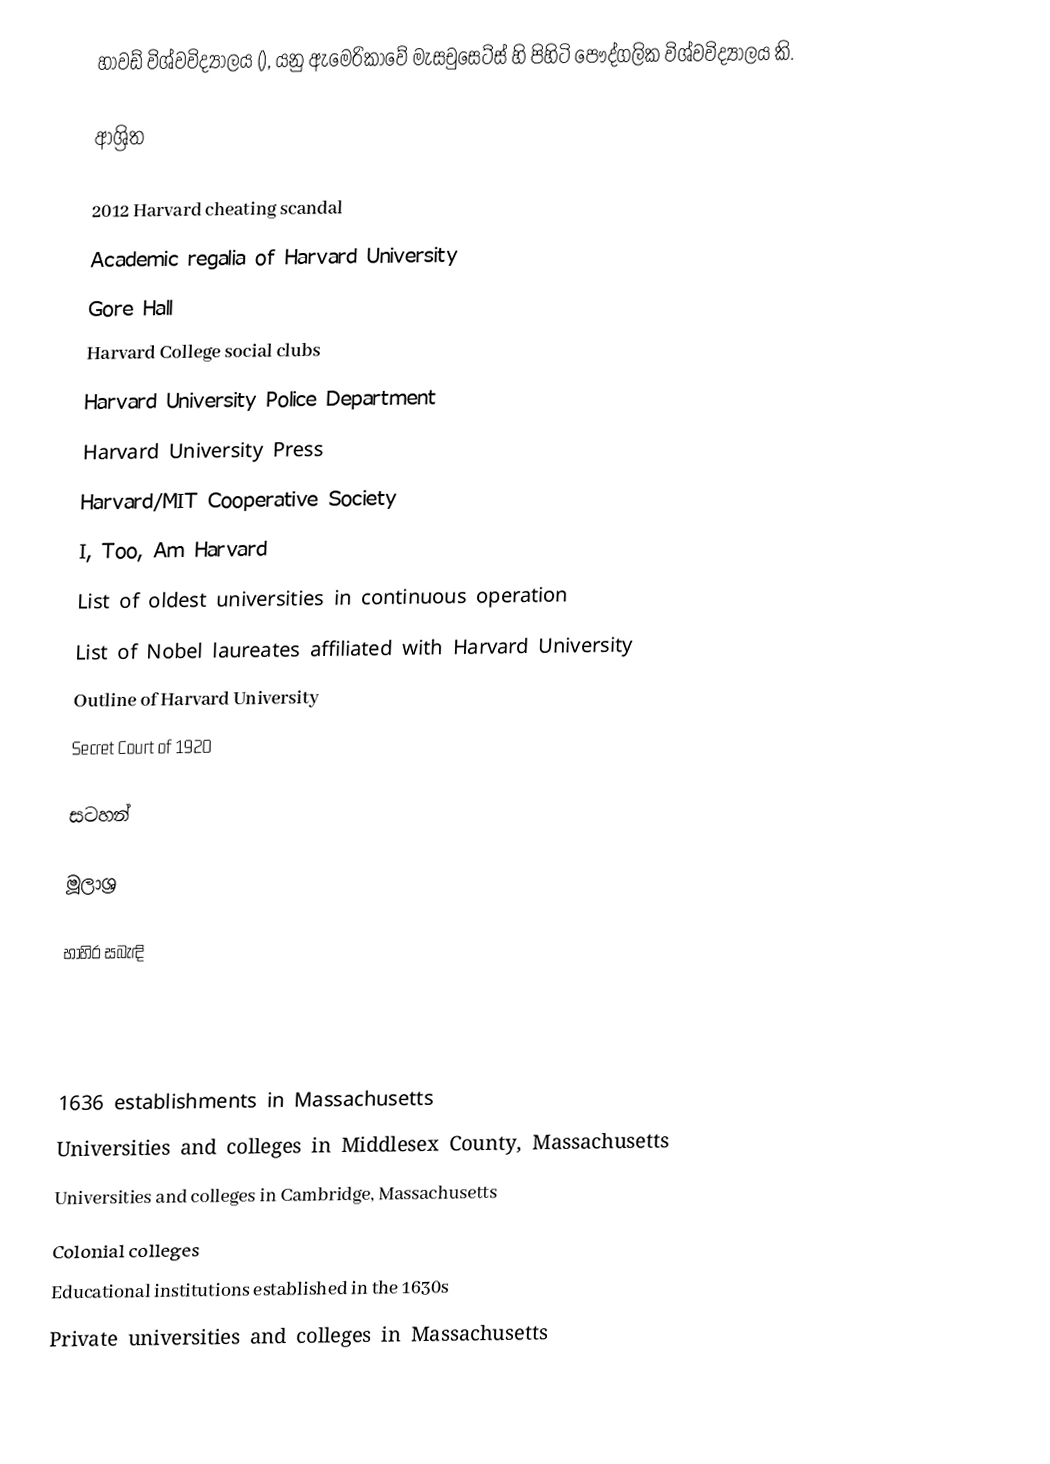
හාවඩ් විශ්වවිද්‍යාලය (), යනු ඇමෙරිකාවේ මැසචුසෙට්ස් හි පිහිටි පෞද්ගලික විශ්වවිද්‍යාලය කි.

ආශ්‍රිත

 2012 Harvard cheating scandal
 Academic regalia of Harvard University
 Gore Hall
 Harvard College social clubs
 Harvard University Police Department
 Harvard University Press
 Harvard/MIT Cooperative Society
 I, Too, Am Harvard
 List of oldest universities in continuous operation
 List of Nobel laureates affiliated with Harvard University
 Outline of Harvard University
 Secret Court of 1920

සටහන්

මූලාශ්‍ර

භාහිර සබැඳි

1636 establishments in Massachusetts
Universities and colleges in Middlesex County, Massachusetts
Universities and colleges in Cambridge, Massachusetts
Colonial colleges
Educational institutions established in the 1630s
Private universities and colleges in Massachusetts